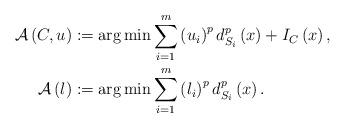
LaTeX: \begin{align*}\mathcal{A}\left( C,u\right) & :=\arg \min \sum\limits_{i=1}^{m}\left(u_{i}\right) ^{p}d_{S_{i}}^{p}\left( x\right) +I_{C}\left( x\right) ,\bigskip\\\mathcal{A}\left( l\right) & :=\arg \min \sum\limits_{i=1}^{m}\left(l_{i}\right) ^{p}d_{S_{i}}^{p}\left( x\right) .\end{align*}